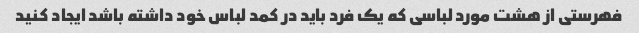
فهرستی از هشت مورد لباسی که یک فرد باید در کمد لباس خود داشته باشد ایجاد کنید